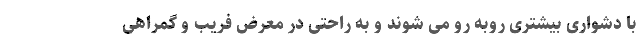
با دشواری بیشتری روبه رو می شوند و به راحتی در معرض فریب و گمراهی